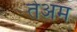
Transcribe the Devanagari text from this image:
तेअम